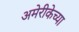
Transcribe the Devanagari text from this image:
अमेरीकेच्या